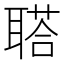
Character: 𦖿